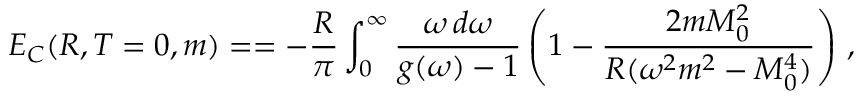
E _ { C } ( R , T = 0 , m ) = = - \frac { R } { \pi } \int _ { 0 } ^ { \infty } \frac { \omega \, d \omega } { g ( \omega ) - 1 } \left( 1 - \frac { 2 m M _ { 0 } ^ { 2 } } { R ( \omega ^ { 2 } m ^ { 2 } - M _ { 0 } ^ { 4 } ) } \right) \, { , }